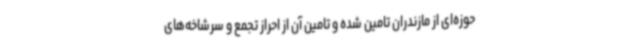
حوزه‌ای از مازندران تامین شده و تامین آن از احراز تجمع و سرشاخه‌های